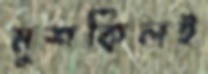
মুশকিলই